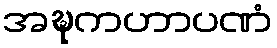
အဍ္ဎကဟာပဏံ